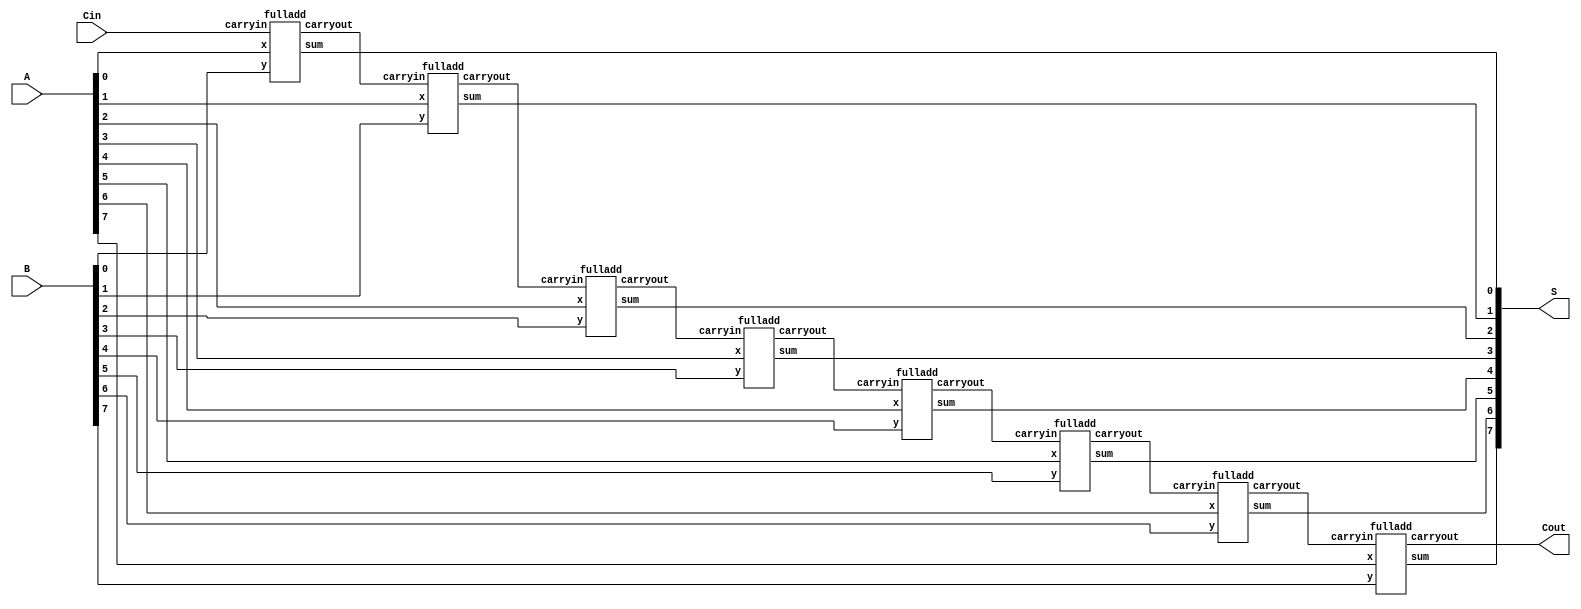
module problem1(S,Cout, A, B, Cin); 

    input Cin; 
    input [7:0]A,B;
    
    output [7:0]S;
    output Cout; 
    wire Cout0, Cout1, Cout2, Cout3, Cout4, Cout5, Cout6; 
    
    // A = 8b10110101
    // B = 8b10100111
    
    fulladd stage0 (S[0], Cout0, A[0], B[0], Cin); 
    fulladd stage1 (S[1], Cout1, A[1], B[1], Cout0); 
    fulladd stage2 (S[2], Cout2, A[2], B[2], Cout1);
    fulladd stage3 (S[3], Cout3, A[3], B[3], Cout2);
    fulladd stage4 (S[4], Cout4, A[4], B[4], Cout3);
    fulladd stage5 (S[5], Cout5, A[5], B[5], Cout4);
    fulladd stage6 (S[6], Cout6, A[6], B[6], Cout5);
    fulladd stage7 (S[7], Cout,  A[7], B[7], Cout6); 
    
endmodule


// This module implements a 1-bit full adder

module fulladd(sum, carryout, x, y, carryin); 
   
   input x, y, carryin; 
   output sum, carryout;
 
   assign sum = x ^ y ^ carryin; 
   assign carryout = (x & y) | (carryin & (x ^ y)); 
   
endmodule